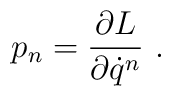
p_n=\frac{\partial L}{\partial\dot{q}^n}\ .